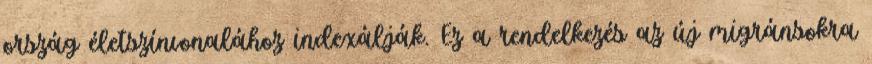
ország életszínvonalához indexálják. Ez a rendelkezés az új migránsokra